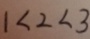
1 < 2 < 3